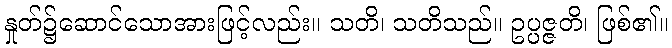
နှုတ်၌ဆောင်သောအားဖြင့်လည်း။ သတိ၊ သတိသည်။ ဥပ္ပဇ္ဇတိ၊ ဖြစ်၏။